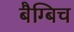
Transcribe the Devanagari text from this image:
बैग्बिच